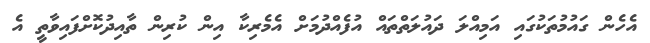
އެހެން ގައުމުތަކުގައި އަމިއްލަ ދައުލަތްތައް އުފެއްދުމަށް އެމެރިކާ އިން ކުރިން ތާއިދުކޮށްފައިވާތީ އެ